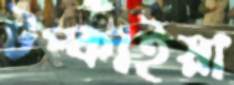
টপ্‌কাইয়া